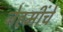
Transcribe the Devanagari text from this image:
नेहमींचे